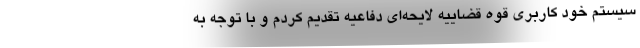
سيستم خود كاربري قوه قضاييه لايحه‌اي دفاعيه تقديم كردم و با توجه به